Civil Veterinary Department Bihar & Orissa reports 1929-36 - 1929-1936
Year: 1929
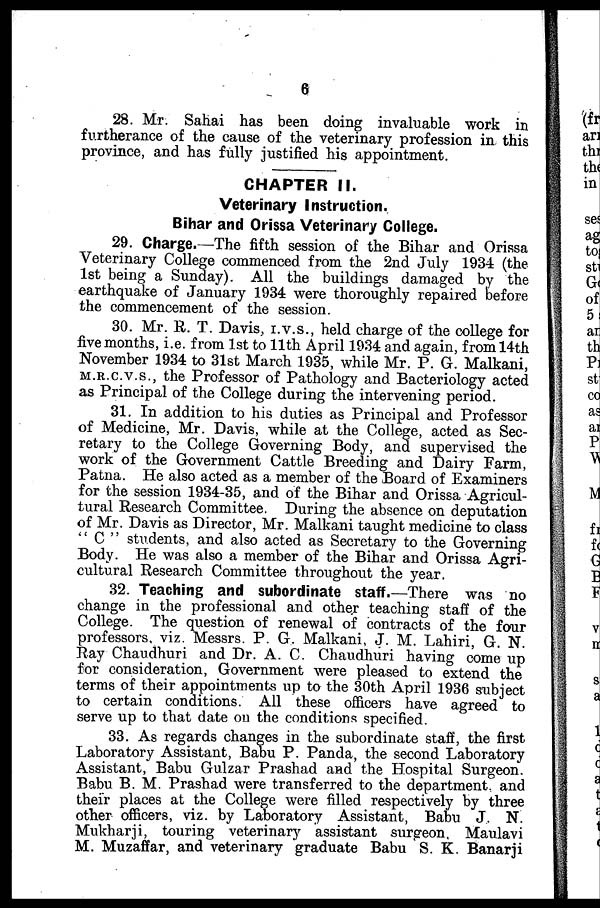
6
28. Mr. Sahai has been doing invaluable work in
furtherance of the cause of the veterinary profession in this
province, and has fully justified his appointment.
CHAPTER II.
Veterinary Instruction.
Bihar and Orissa Veterinary College.
29. Charge.—The fifth session of the Bihar and Orissa
Veterinary College commenced from the 2nd July 1934 (the
1st being a Sunday). All the buildings damaged by the
earthquake of January 1934 were thoroughly repaired before
the commencement of the session.
30. Mr. R. T. Davis, I.V.S., held charge of the college for
five months, i.e. from 1st to 11th April 1934 and again, from 14th
November 1934 to 31st March 1935, while Mr. P. G. Malkani,
M.R.C.V.S., the Professor of Pathology and Bacteriology acted
as Principal of the College during the intervening period.
31. In addition to his duties as Principal and Professor
of Medicine, Mr. Davis, while at the College, acted as Sec-
retary to the College Governing Body, and supervised the
work of the Government Cattle Breeding and Dairy Farm,
Patna. He also acted as a member of the Board of Examiners
for the session 1934-35, and of the Bihar and Orissa Agricul-
tural Research Committee. During the absence on deputation
of Mr. Davis as Director, Mr. Malkani taught medicine to class
" C " students, and also acted as Secretary to the Governing
Body. He was also a member of the Bihar and Orissa Agri-
cultural Research Committee throughout the year.
32. Teaching and subordinate staff.—There was no
change in the professional and other teaching staff of the
College. The question of renewal of contracts of the four
professors, viz. Messrs. P. G. Malkani, J. M. Lahiri, G. N.
Ray Chaudhuri and Dr. A. C. Chaudhuri having come up
for consideration, Government were pleased to extend the
terms of their appointments up to the 30th April 1936 subject
to certain conditions. All these officers have agreed to
serve up to that date on the conditions specified.
33. As regards changes in the subordinate staff, the first
Laboratory Assistant, Babu P. Panda, the second Laboratory
Assistant, Babu Gulzar Prashad and the Hospital Surgeon.
Babu B. M. Prashad were transferred to the department and
their places at the College were filled respectively by three
other officers, viz. by Laboratory Assistant, Babu J. N.
Mukharji, touring veterinary assistant surgeon, Maulavi
M. Muzaffar, and veterinary graduate Babu S. K. Banarji